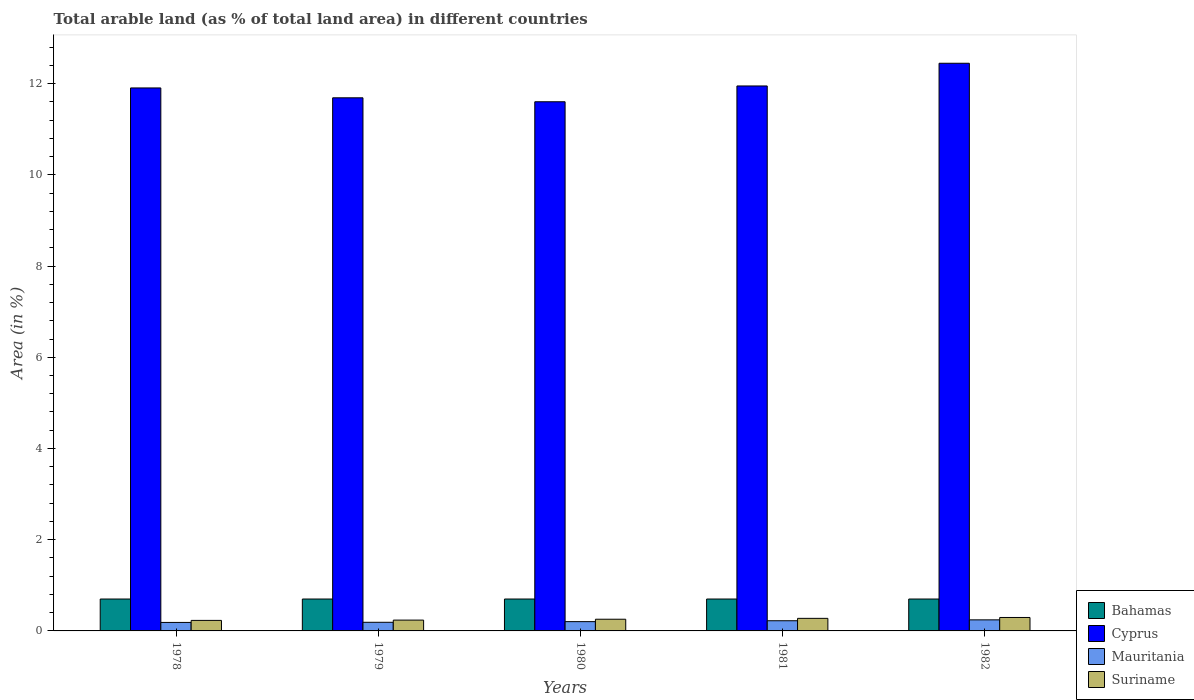
| Years | Bahamas | Cyprus | Mauritania | Suriname |
 | --- | --- | --- | --- | --- |
 | 1978 | 0.699 | 11.9 | 0.186 | 0.231 |
 | 1979 | 0.699 | 11.7 | 0.189 | 0.237 |
 | 1980 | 0.699 | 11.6 | 0.204 | 0.256 |
 | 1981 | 0.699 | 11.9 | 0.223 | 0.276 |
 | 1982 | 0.699 | 12.4 | 0.243 | 0.295 |